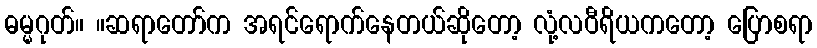
ဓမ္မဂုတ်။ ။ဆရာတော်က အရင်ရောက်နေတယ်ဆိုတော့ လုံ့လဝီရိယကတော့ ပြောစရာ